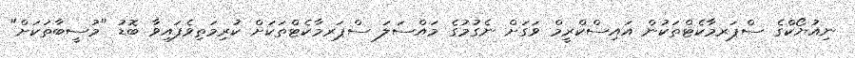
ނިއުޔޯކްގެ ސްޕަރމާކެޓްތަކުން އައިސްކްރީމް ވަގަށް ނެގުމުގެ މައްސަލަ ސްޕަރމާކެޓްތަކަށް ކުރިމަތިވެފައިވާ ބޮޑު "މުސީބާތަކަށް"